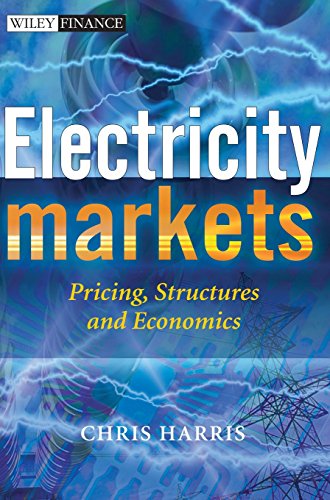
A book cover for Electricity Markets: Pricing, Structures and Economics; Chris Harris; Business & Money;